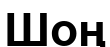
Шоң